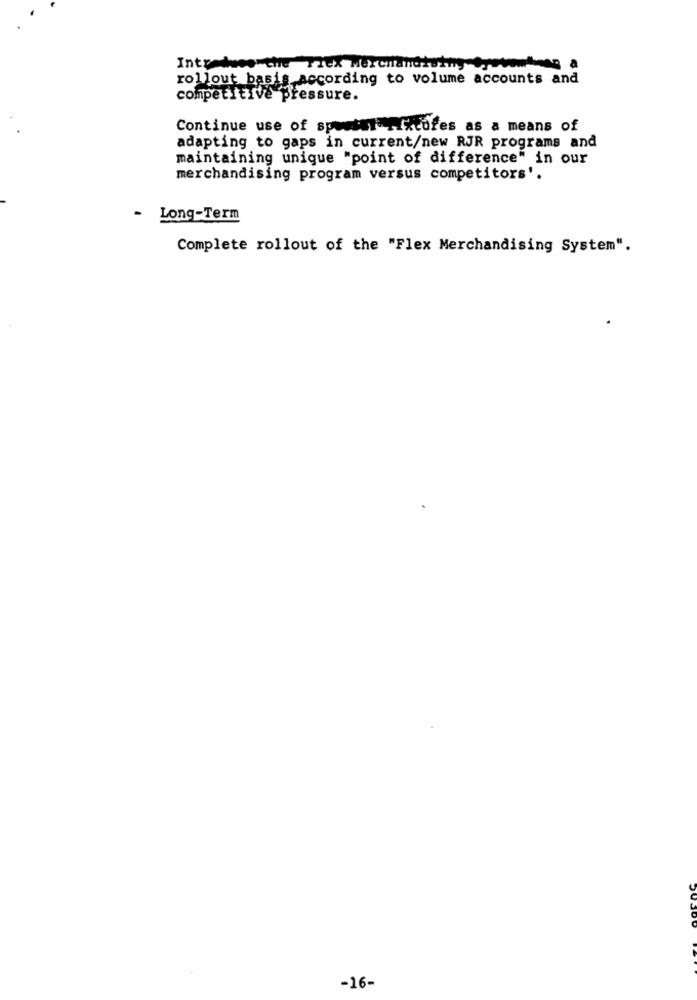
Introduce the Flex Merchandising Cyotomdnes a
rollout basis according to volume accounts and
competitive pressure.
Continue use of spousal Fixtures as a means of
adapting to gaps in current/new RJR programs and
maintaining unique "point of difference" in our
merchandising program versus competitors'.
- Long-Term
Complete rollout of the "Flex Merchandising System".
-16-